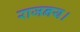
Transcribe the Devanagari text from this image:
राजनय।